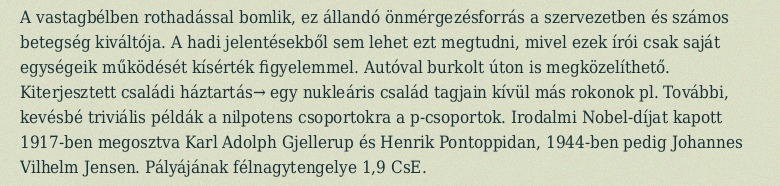
A vastagbélben rothadással bomlik, ez állandó önmérgezésforrás a szervezetben és számos betegség kiváltója. A hadi jelentésekből sem lehet ezt megtudni, mivel ezek írói csak saját egységeik működését kísérték figyelemmel. Autóval burkolt úton is megközelíthető. Kiterjesztett családi háztartás→ egy nukleáris család tagjain kívül más rokonok pl. További, kevésbé triviális példák a nilpotens csoportokra a p-csoportok. Irodalmi Nobel-díjat kapott 1917-ben megosztva Karl Adolph Gjellerup és Henrik Pontoppidan, 1944-ben pedig Johannes Vilhelm Jensen. Pályájának félnagytengelye 1,9 CsE.